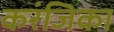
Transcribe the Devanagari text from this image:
करंजिका